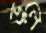
ভুলে